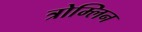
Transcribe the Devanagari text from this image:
त्रोम्लिन